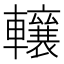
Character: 𨏛